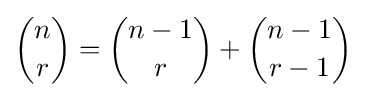
{n \choose r}={n-1 \choose r}+{n-1 \choose r-1}